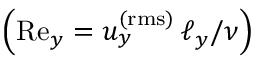
\left( \mathrm { R e } _ { y } = u _ { y } ^ { \mathrm { ( r m s ) } } \, \ell _ { y } / \nu \right)